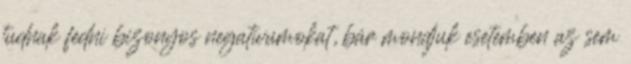
tudnak fedni bizonyos negatívumokat, bár mondjuk esetemben az sem